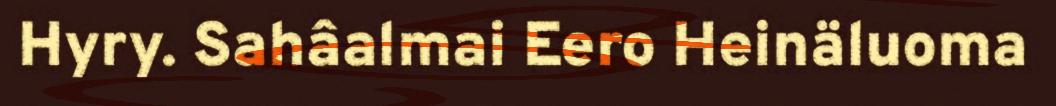
Hyry. Sahâalmai Eero Heinäluoma